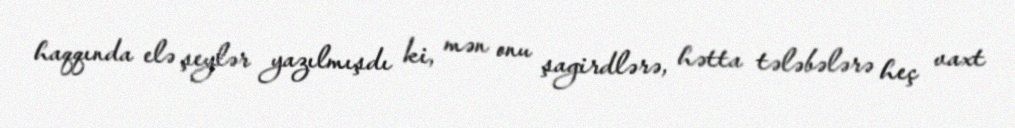
haqqında elə şeylər yazılmışdı ki, mən onu şagirdlərə, hətta tələbələrə heç vaxt